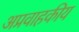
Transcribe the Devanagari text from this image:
अप्रवाहकीय